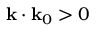
\mathbf { k } \cdot \mathbf { k } _ { 0 } > 0